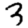
Digit: 3